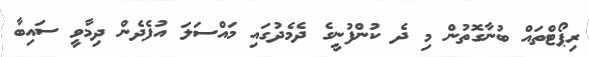
ރިޕޯޓްތައް ބުނާގޮތުން މި ދެ ކުންފުނީގެ ދެމެދުގައި މައްސަލަ އުފެދެން ދިމާވީ ސައިބާ